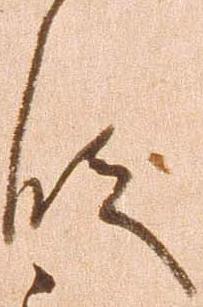
段